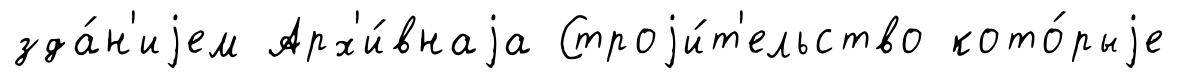
зда́н'иjем Арх'и́внаjа Строjи́т'ельство кото́рыjе